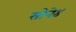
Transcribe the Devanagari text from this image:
सोने४